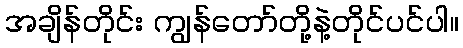
အချိန်တိုင်း ကျွန်တော်တို့နဲ့တိုင်ပင်ပါ။